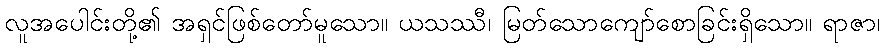
လူအပေါင်းတို့၏ အရှင်ဖြစ်တော်မူသော။ ယသဿီ၊ မြတ်သောကျော်စောခြင်းရှိသော။ ရာဇာ၊